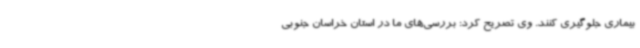
بیماری جلوگیری کنند. وی تصریح کرد: بررسی‌های ما در استان خراسان جنوبی